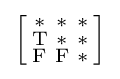
{\Bigl [}{\begin{smallmatrix}\mathrm {*} &\mathrm {*} &\mathrm {*} \\\mathrm {T} &\mathrm {*} &\mathrm {*} \\\mathrm {F} &\mathrm {F} &\mathrm {*} \end{smallmatrix}}{\Bigr ]}